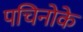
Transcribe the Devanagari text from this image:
पचिनोके